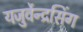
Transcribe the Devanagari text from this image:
यजुर्वेन्द्रसिंग